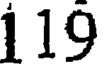
119